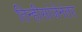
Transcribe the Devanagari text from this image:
तिन्हीसांजेनंतर